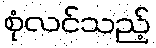
စုံလင်သည့်